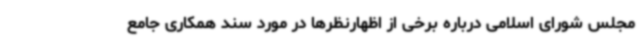
مجلس شورای اسلامی درباره برخی از اظهارنظرها در مورد سند همکاری جامع